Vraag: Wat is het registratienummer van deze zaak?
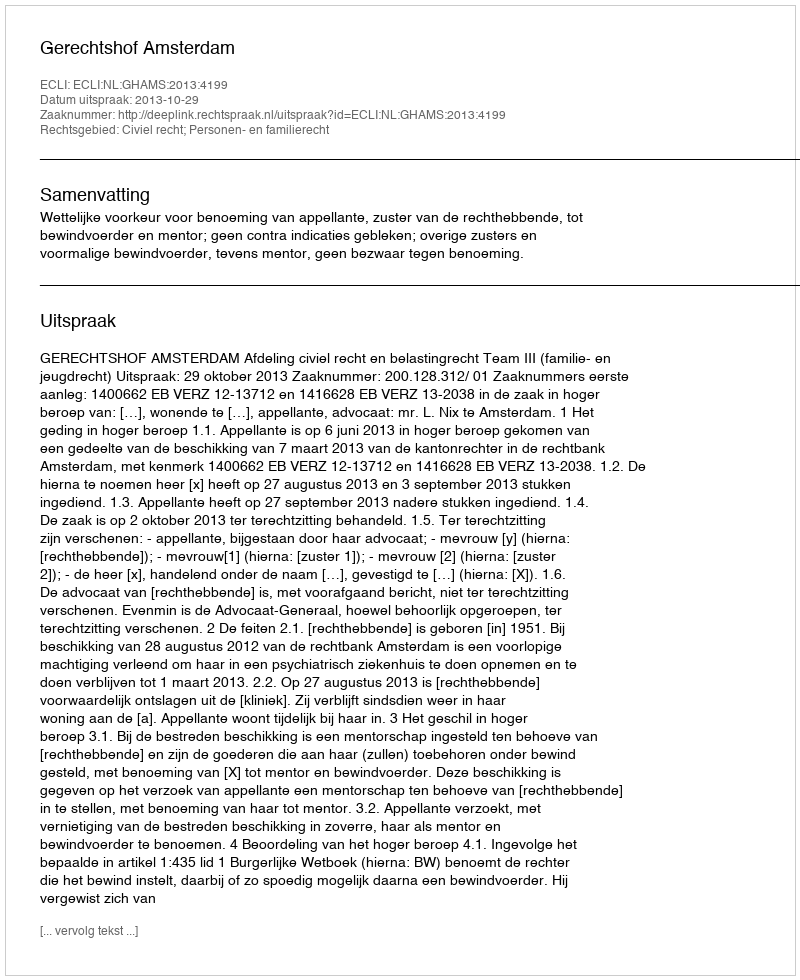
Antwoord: http://deeplink.rechtspraak.nl/uitspraak?id=ECLI:NL:GHAMS:2013:4199